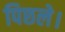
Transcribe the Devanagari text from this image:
पिछले।